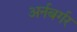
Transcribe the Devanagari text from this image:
अर्नबर्गर